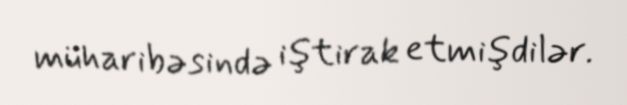
müharibəsində iştirak etmişdilər.